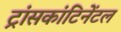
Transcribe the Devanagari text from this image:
ट्रांसकांटिनेंटल